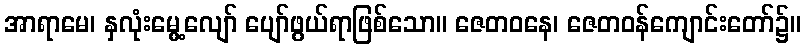
အာရာမေ၊ နှလုံးမွေ့လျော် ပျော်ဖွယ်ရာဖြစ်သော။ ဇေတဝနေ၊ ဇေတဝန်ကျောင်းတော်၌။